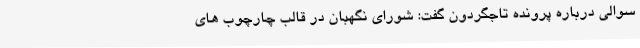
سوالی درباره پرونده تاجگردون گفت: شورای نگهبان در قالب چارچوب های